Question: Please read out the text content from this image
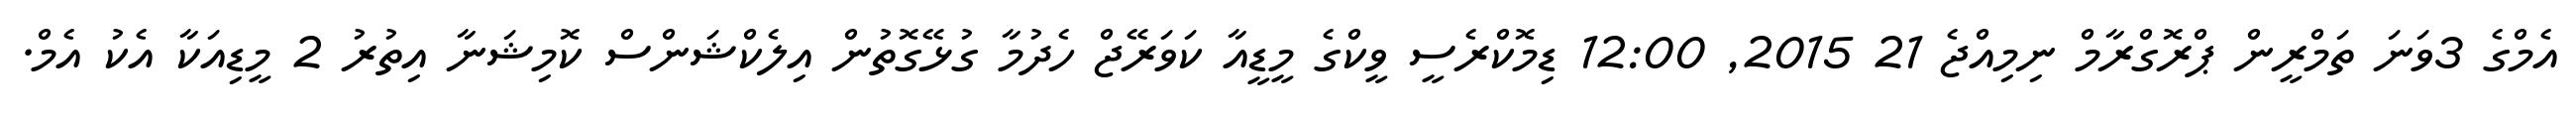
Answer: އެމްގެ 3ވަނަ ތަމްރީން ޕްރޮގްރާމް ނިމިއްޖެ 21 2015, 12:00 ޑިމޮކްރެސީ ވީކްގެ މީޑީއާ ކަވަރޭޖް ހެދުމާ ގުޅޭގޮތުން އިލެކްޝަންސް ކޮމިޝަނާ އިތުރު 2 މީޑިއަކާ އެކު އެމް.